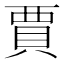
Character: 賈